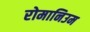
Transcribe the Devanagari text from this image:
रोमानिउम